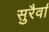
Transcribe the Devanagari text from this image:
सुरैर्वा